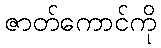
ဇာတ်ကောင်ကို